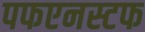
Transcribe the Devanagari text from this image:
पफएनस्टफ